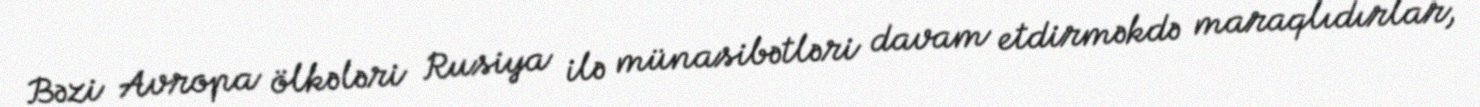
Bəzi Avropa ölkələri Rusiya ilə münasibətləri davam etdirməkdə maraqlıdırlar,